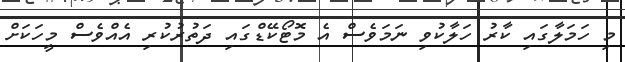
މި ހަމަލާގައި ކާރު ހަލާކުވި ނަމަވެސް އެ މޮޓޯކޭޑްގައި ދަތުރުކުރި އެއްވެސް މީހަކަށް